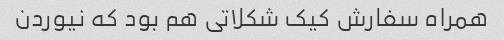
همراه سفارش کیک شکلاتی هم بود که نیوردن